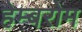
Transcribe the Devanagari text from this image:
हेम्बरोम